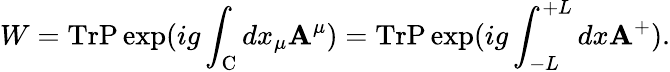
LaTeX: W=\mathrm{Tr}\mathrm{{P}}\exp(ig\int_{\mathrm{C}}dx_{\mu}{\mathbf A}^{\mu})=\mathrm{Tr}\mathrm{{P}}\exp(ig\int_{-L}^{+L}dx{\mathbf A}^{+}).